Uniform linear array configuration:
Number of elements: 8
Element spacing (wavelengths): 1
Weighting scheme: hann
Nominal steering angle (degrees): -30
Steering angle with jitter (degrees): -28.876
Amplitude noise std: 0.05
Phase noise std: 0.05

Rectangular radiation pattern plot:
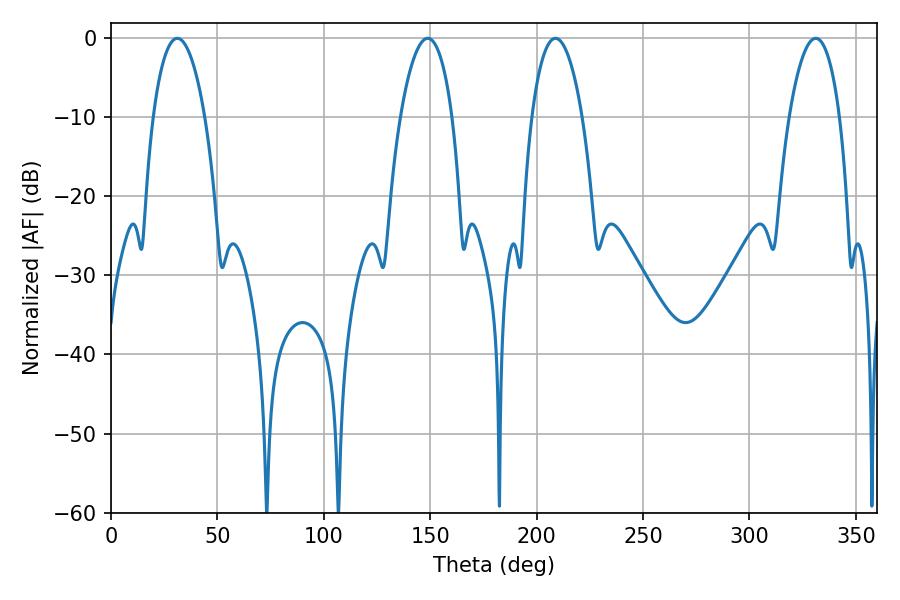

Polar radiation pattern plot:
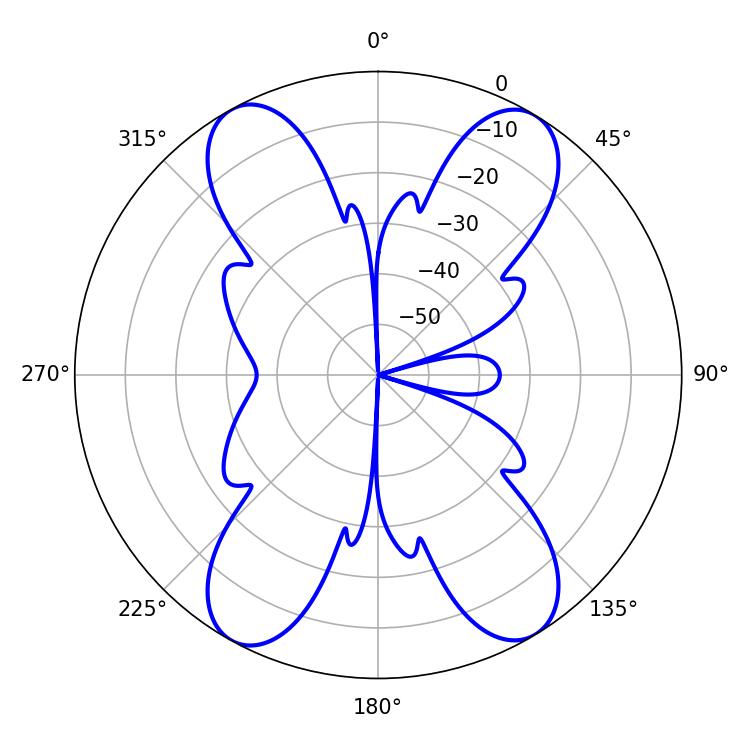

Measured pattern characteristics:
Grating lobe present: TRUE
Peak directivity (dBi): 19.527
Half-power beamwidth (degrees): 13.5
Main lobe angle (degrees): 31.14